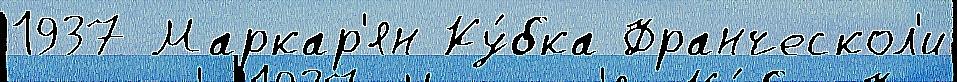
1937 Маркар'ян Ку́бка Франческол'и